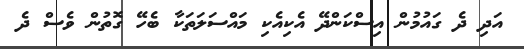
އަދި ދެ ގައުމުން އިސްކަންދޭ އެކިއެކި މައްސަލަތަކާ ބެހޭ ގޮތުން ވެސް ދެ